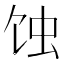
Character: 蚀